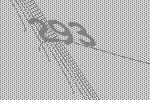
293